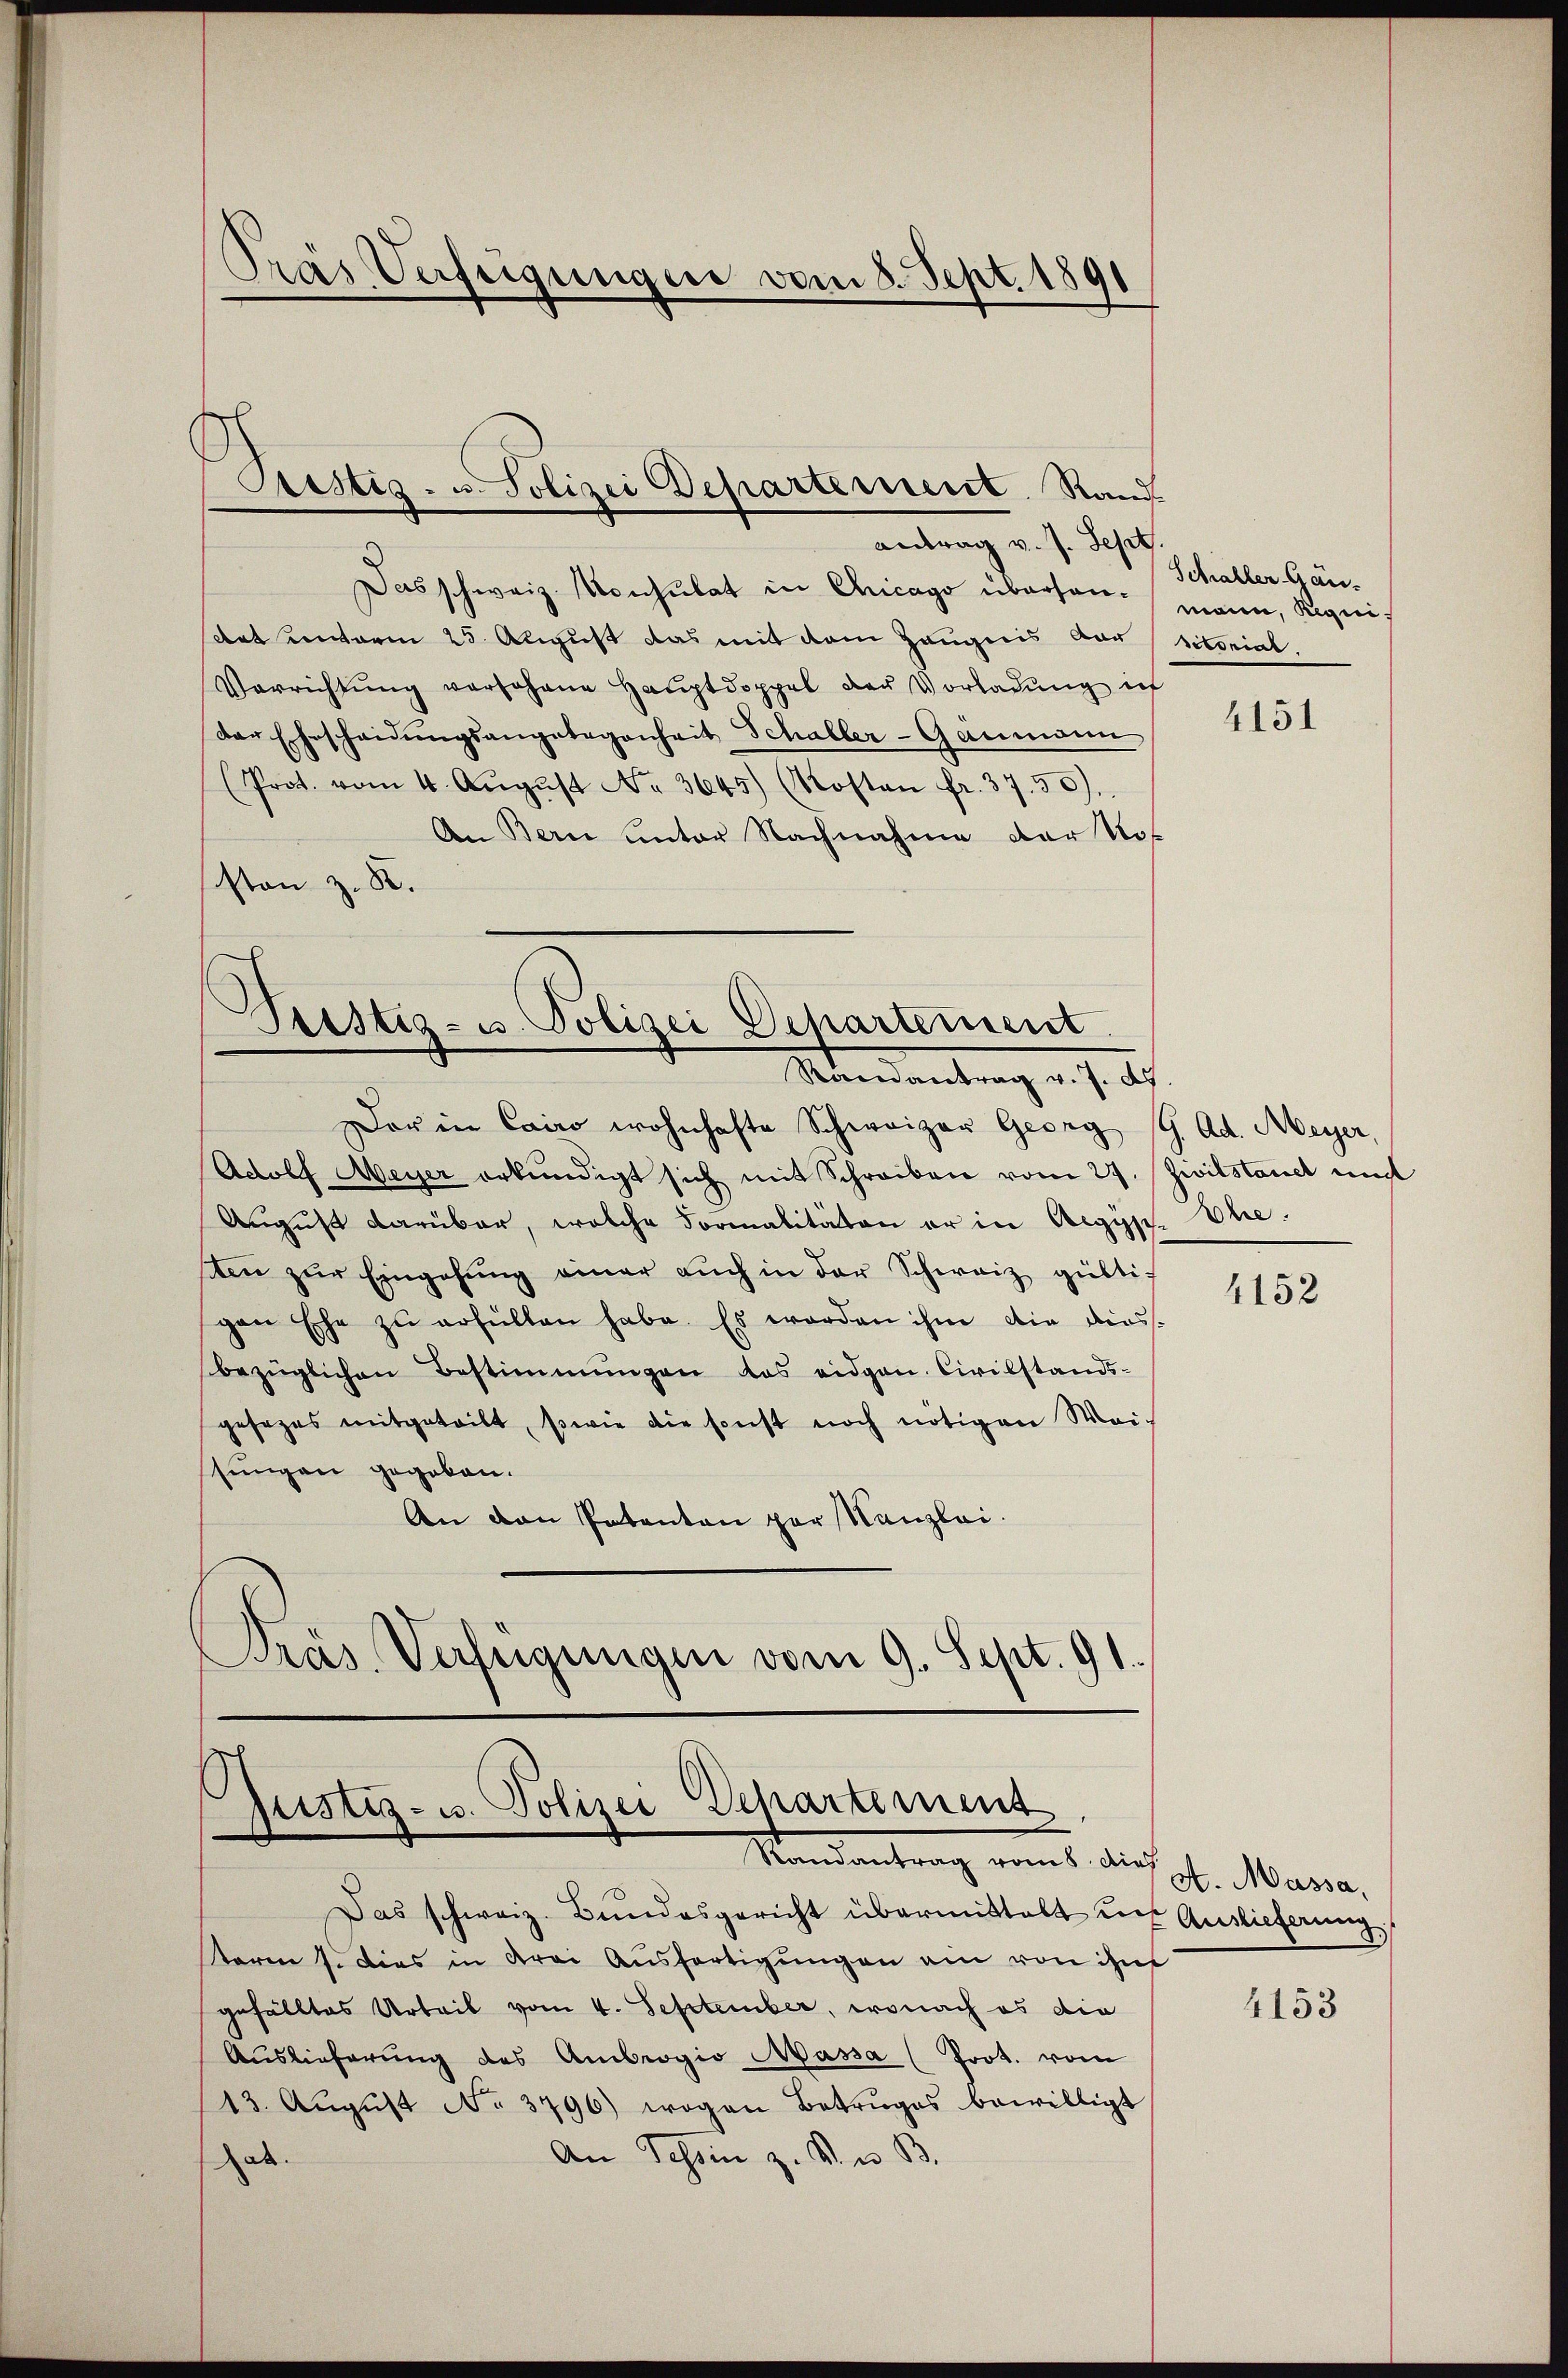
Pras Verfeigungen vom 8. Sept. 1891

Sistis- u. Polizei Departement. Rand
antrag v. J. Sept.

Das schweiz. Konsulat in Chicago überhan¬
Art unterm 25. August das mit dem Zeugnis der sitorial.
Verrichtŭng versohne Hauptdoppel der Vorladung ich
Der Ehescheidŭngsangelegenheit Schaller-Ganmann
(Prot. vom 4. Aŭgŭst No. 3645.) (Kosten fr. 37. 50).
An Bern unter Nachnahme der No
ston z. B.

Justiz- u. Polizei Departement
Randantrag v. J. ds.

Justiz- u. Polizei Departement
Randantrag vom 6. dies d. Maria,

Der in Cairo wohnhafte Schweizer Georg G. Ad. Meyer,
Adolf Meyer erkundigt sich mit Schreiben vom 27. Zwilstandt und
August darüber, welche Formalitäten er in Aegyp
sten zŭr Eingehŭng einer aŭch in der Schweiz gültig
gen Ehe zŭ erfüllen habe. Es worden ihm die dies-
bezüglichen Bestimmungen das eidgen. Civilstands-
gesezes mitgeteilt, sowie die sonst noch nötigen Wei-
sungen gegeben.
An den Patenten par Kanzlei.
Präs. Verfügungen vom 9. Sept. 91.

Das schweiz. Bŭndesgericht übermittelt in Auslieferung
term 1. Dies in drei Ausfertigungen ein von ihn
gefälltes Urteil vom 4. September, wonach es die
Auslieferung des Ambrogio Massa (Prot. vom
13. Aŭgŭst No 3796) wogen Betruges bewilligt
An Tessin z. B. u. B.
a

Schaller Gänmann, Requi¬

4151

Ehe.

4152

4153